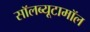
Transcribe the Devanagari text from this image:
सॉलब्यूटामॉल